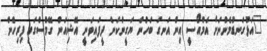
"އަޅުގަނޑުމެންނަށް އެމްއޯސީ އިން އަނގަ ބަހުން ޔަގީންކަން ދީފައިވަނީ އޭޝިއަން ގޭމްސްގައި ފިރިހެން